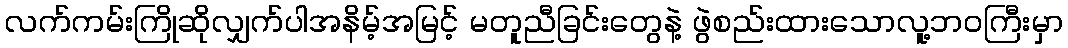
လက်ကမ်းကြိုဆိုလျှက်ပါအနိမ့်အမြင့် မတူညီခြင်းတွေနဲ့ ဖွဲစည်းထားသောလူ့ဘဝကြီးမှာ